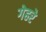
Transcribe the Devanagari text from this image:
गेहरे